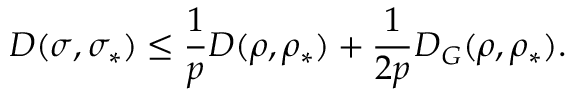
D ( \sigma , \sigma _ { \ast } ) \leq \frac { 1 } { p } D ( \rho , \rho _ { \ast } ) + \frac { 1 } { 2 p } D _ { G } ( \rho , \rho _ { \ast } ) .